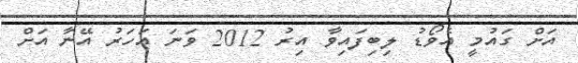
އަށް ގައުމީ އެވޯޑު ލިބިފައިވާ އިރު 2012 ވަނަ އަހަރު އޭނާ އަށް